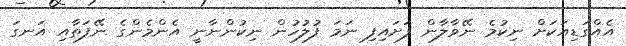
އެއްގަޑިއަކަށް ނިކުމެ ނޭވާލާން ފަށައިފި ނަމަ ފުލުހުން ނިކުންނާނީ އެންމެންގެ ނޭފަތާއި އަނގަ